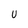
Character: U